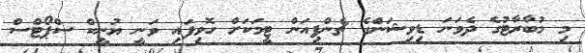
މި މުބާރާޓުގެ ދެވަނަ ޑިވިޝަންގެ ޗެންޕިއަން ޓީމަކަށް ހޮވިފައި ވަނީ ޔުނީކް ސްޕޯޓްސް